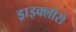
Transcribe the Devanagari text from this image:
ड्राइक्लोरो